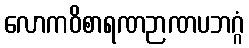
လောကဝိစာရဏဉာဏပဘဂ္ဂံ